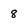
Character: 8